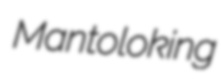
Mantoloking